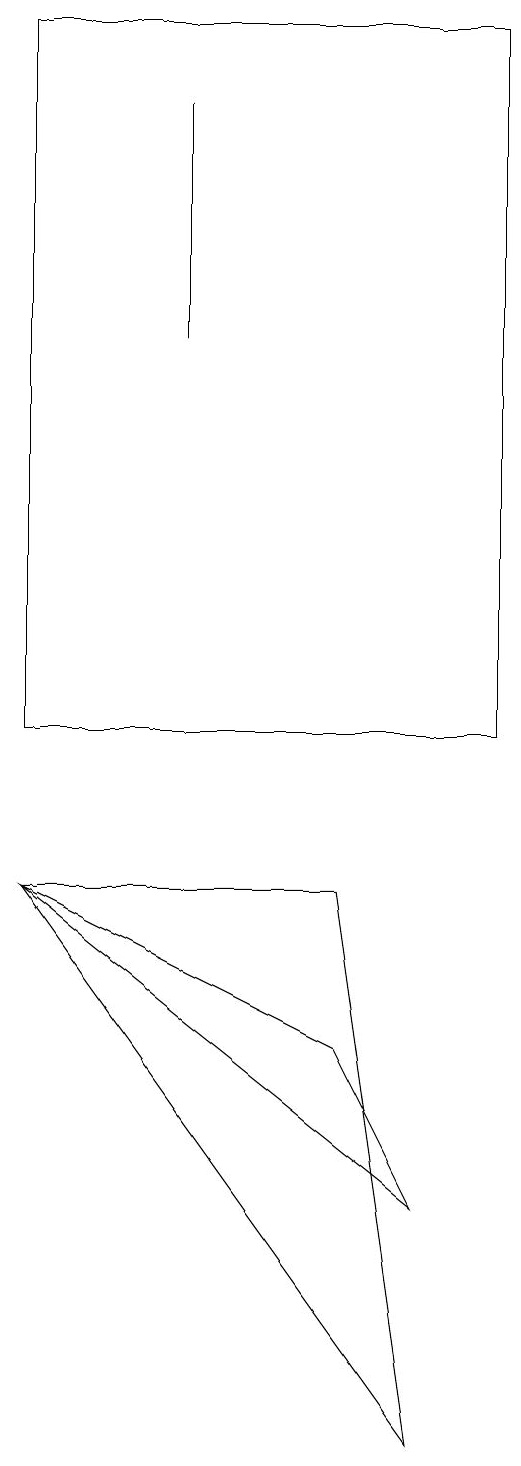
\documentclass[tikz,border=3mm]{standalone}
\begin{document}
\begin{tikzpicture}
\draw (6,10) rectangle (0,19);
\draw (5,1) -- (4,8) -- (0,8) -- cycle;
\draw (0,19) rectangle (1,19);
\draw (2,15) rectangle (2,18);
\draw (0,8) -- (4,6) -- (5,4) -- cycle;
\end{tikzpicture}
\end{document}